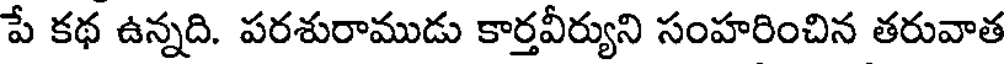
పే కథ ఉన్నది. పరశురాముడు కార్తవీర్యుని సంహరించిన తరువాత